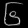
Digit: ၆